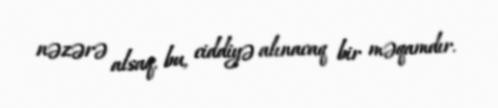
nəzərə alsaq, bu, ciddiyə alınacaq bir məqamdır.